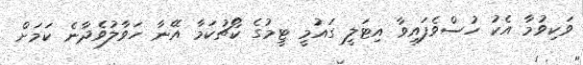
ވަކިވުމާ އެކު ހުސްވެފައިވާ އިޓަލީ ގައުމީ ޓީމުގެ ކޯޗުކަމާ އޭނާ ހަވާލުވެދާނެ ކަމަށް